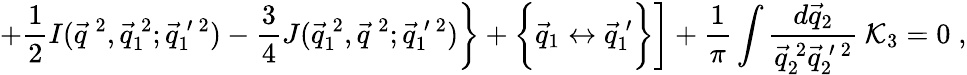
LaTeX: \left.\left.+\frac{1}{2}I(\vec{q}^{\: 2},\vec{q}_{1}^{\: 2};\vec{q}_{1}^{\: \prime\: 2})-\frac{3}{4}J(\vec{q}_{1}^{\: 2},\vec{q}^{\: 2};\vec{q}_{1}^{\: \prime\: 2})\right\} +\biggl\{ \vec{q}_{1}\leftrightarrow\vec{q}_{1}^{\: \prime}\biggr\} \right]+\frac{1}{\pi}\int\frac{d\vec{q}_{2}}{\vec{q}_{2}^{\: 2}\vec{q}_{2}^{\: \prime\: 2}}\: {\cal K}_{3}=0\; ,